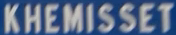
KHEMISSET